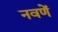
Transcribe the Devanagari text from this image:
नवणें